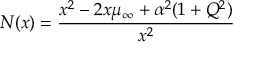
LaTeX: N ( x ) = { \frac { x ^ { 2 } - 2 x \mu _ { \infty } + \alpha ^ { 2 } ( 1 + Q ^ { 2 } ) } { x ^ { 2 } } }